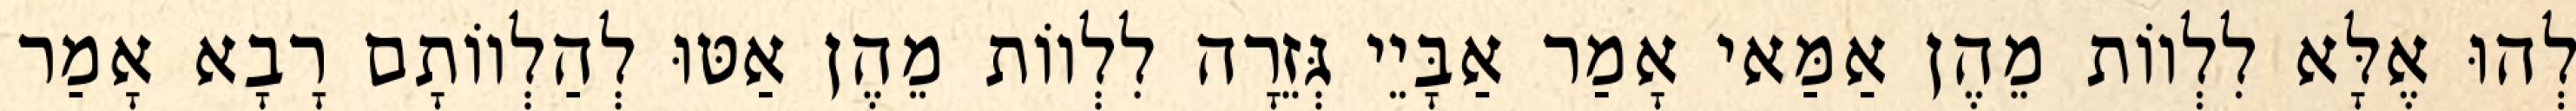
לְהוּ אֶלָּא לִלְווֹת מֵהֶן אַמַּאי אָמַר אַבָּיֵי גְּזֵרָה לִלְווֹת מֵהֶן אַטּוּ לְהַלְווֹתָם רָבָא אָמַר